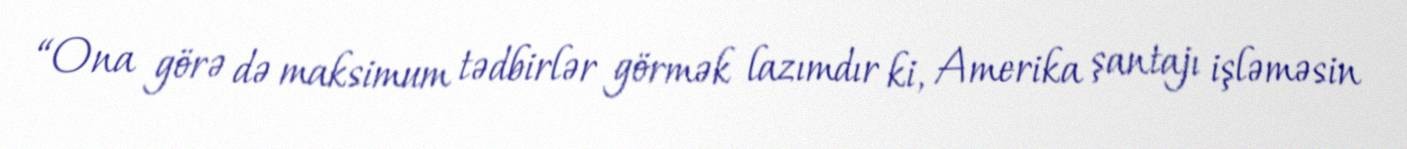
“Ona görə də maksimum tədbirlər görmək lazımdır ki, Amerika şantajı işləməsin